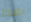
بهذا